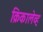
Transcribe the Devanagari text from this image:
क्रिकालेव्ह